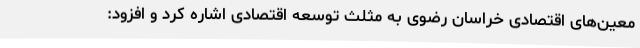
معین‌های اقتصادی خراسان رضوی به مثلث توسعه اقتصادی اشاره کرد و افزود: